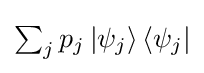
{\textstyle \sum _{j}p_{j}\left|\psi _{j}\right\rangle \left\langle \psi _{j}\right|}